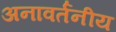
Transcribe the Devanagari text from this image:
अनावर्तनीय